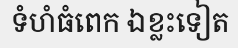
ទំហំធំពេក ឯខ្លះទៀត